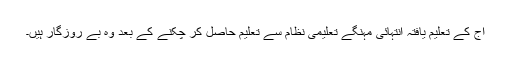
آج کے تعلیم یافتہ انتہائی مہنگے تعلیمی نظام سے تعلیم حاصل کر چکنے کے بعد وہ بے روزگار ہیں۔